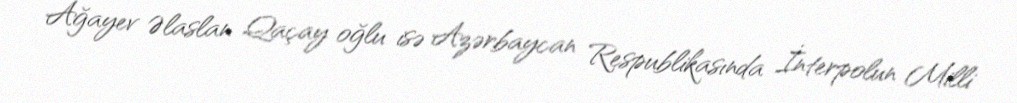
Ağayev Əlaslan Qaçay oğlu isə Azərbaycan Respublikasında İnterpolun Milli